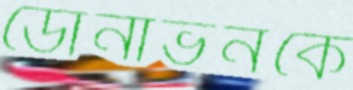
ডোনাভনকে